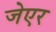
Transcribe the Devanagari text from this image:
जेएर